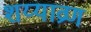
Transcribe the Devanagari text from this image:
शय्याव्रण